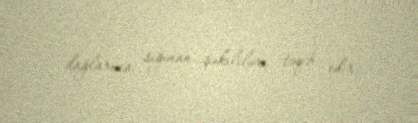
dağlarına sığınan şəkililəri təqib edir.